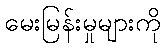
မေးမြန်းမှုများကို